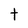
Character: t